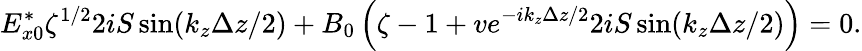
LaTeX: E_{x0}^{*}\zeta^{1/2}2iS\sin(k_{z}\Delta z/2)+B_{0}\left(\zeta-1+ve^{-ik_{z}\Delta z/2}2iS\sin(k_{z}\Delta z/2)\right)=0.